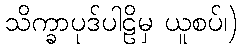
သိက္ခာပုဒ်ပါဠိမှ ယူစပ်၊)